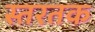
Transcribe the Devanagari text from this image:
स्तरतक